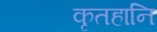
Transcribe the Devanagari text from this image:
कृतहानि